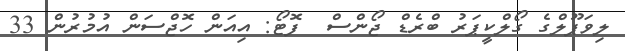
ލިވަޕޫލްގެ ގޯލްކީޕަރު ބްރެޑް ޖޯންސް  ފޮޓޯ: އިއަން ހޮޖްސަން އުމުރުން 33